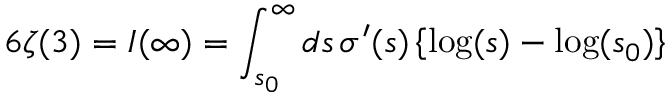
6 \zeta ( 3 ) = I ( \infty ) = \int _ { s _ { 0 } } ^ { \infty } d s \, \sigma ^ { \prime } ( s ) \left\{ \log ( s ) - \log ( s _ { 0 } ) \right\}